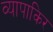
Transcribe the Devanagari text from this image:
व्यापाकिर